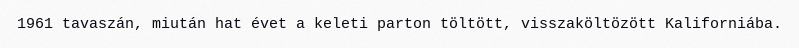
1961 tavaszán, miután hat évet a keleti parton töltött, visszaköltözött Kaliforniába.